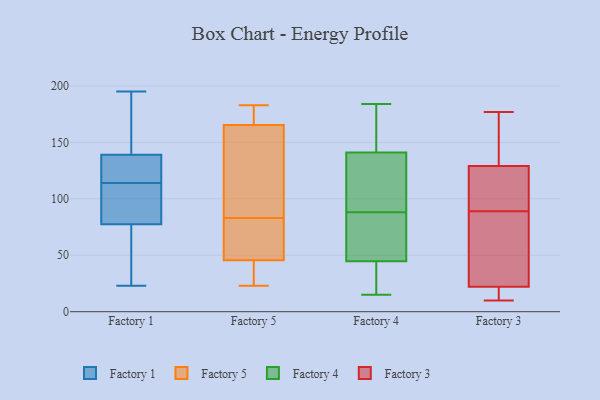
{"axis": {"x": "Temperature (°C)", "y": "Value"}, "legend": ["Factory 1", "Factory 3", "Factory 4", "Factory 5"], "data": [{"x": "", "y": 120, "type": "Factory 1"}, {"x": "", "y": 138, "type": "Factory 1"}, {"x": "", "y": 136, "type": "Factory 1"}, {"x": "", "y": 91, "type": "Factory 1"}, {"x": "", "y": 48, "type": "Factory 1"}, {"x": "", "y": 169, "type": "Factory 1"}, {"x": "", "y": 23, "type": "Factory 1"}, {"x": "", "y": 142, "type": "Factory 1"}, {"x": "", "y": 94, "type": "Factory 1"}, {"x": "", "y": 43, "type": "Factory 1"}, {"x": "", "y": 114, "type": "Factory 1"}, {"x": "", "y": 80, "type": "Factory 1"}, {"x": "", "y": 183, "type": "Factory 1"}, {"x": "", "y": 195, "type": "Factory 1"}, {"x": "", "y": 87, "type": "Factory 1"}, {"x": "", "y": 122, "type": "Factory 1"}, {"x": "", "y": 70, "type": "Factory 1"}, {"x": "", "y": 25, "type": "Factory 5"}, {"x": "", "y": 83, "type": "Factory 5"}, {"x": "", "y": 159, "type": "Factory 5"}, {"x": "", "y": 70, "type": "Factory 5"}, {"x": "", "y": 39, "type": "Factory 5"}, {"x": "", "y": 71, "type": "Factory 5"}, {"x": "", "y": 161, "type": "Factory 5"}, {"x": "", "y": 26, "type": "Factory 5"}, {"x": "", "y": 65, "type": "Factory 5"}, {"x": "", "y": 95, "type": "Factory 5"}, {"x": "", "y": 167, "type": "Factory 5"}, {"x": "", "y": 183, "type": "Factory 5"}, {"x": "", "y": 173, "type": "Factory 5"}, {"x": "", "y": 23, "type": "Factory 5"}, {"x": "", "y": 171, "type": "Factory 5"}, {"x": "", "y": 140, "type": "Factory 4"}, {"x": "", "y": 93, "type": "Factory 4"}, {"x": "", "y": 15, "type": "Factory 4"}, {"x": "", "y": 37, "type": "Factory 4"}, {"x": "", "y": 44, "type": "Factory 4"}, {"x": "", "y": 47, "type": "Factory 4"}, {"x": "", "y": 184, "type": "Factory 4"}, {"x": "", "y": 114, "type": "Factory 4"}, {"x": "", "y": 88, "type": "Factory 4"}, {"x": "", "y": 183, "type": "Factory 4"}, {"x": "", "y": 45, "type": "Factory 4"}, {"x": "", "y": 144, "type": "Factory 4"}, {"x": "", "y": 75, "type": "Factory 4"}, {"x": "", "y": 22, "type": "Factory 3"}, {"x": "", "y": 26, "type": "Factory 3"}, {"x": "", "y": 10, "type": "Factory 3"}, {"x": "", "y": 127, "type": "Factory 3"}, {"x": "", "y": 131, "type": "Factory 3"}, {"x": "", "y": 90, "type": "Factory 3"}, {"x": "", "y": 88, "type": "Factory 3"}, {"x": "", "y": 177, "type": "Factory 3"}, {"x": "", "y": 134, "type": "Factory 3"}, {"x": "", "y": 126, "type": "Factory 3"}, {"x": "", "y": 22, "type": "Factory 3"}, {"x": "", "y": 164, "type": "Factory 3"}, {"x": "", "y": 99, "type": "Factory 3"}, {"x": "", "y": 67, "type": "Factory 3"}, {"x": "", "y": 14, "type": "Factory 3"}, {"x": "", "y": 14, "type": "Factory 3"}]}